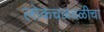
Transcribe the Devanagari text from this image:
लोकचळवळीचा